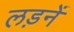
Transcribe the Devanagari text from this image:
लड़नें